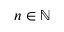
n \in \mathbb { N }